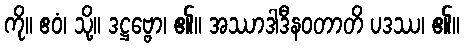
ကို။ ဧဝံ၊ သို့။ ဒဋ္ဌဗ္ဗော၊ ၏။ အဿာဒါဒီနဝတာတိ ပဒဿ၊ ၏။